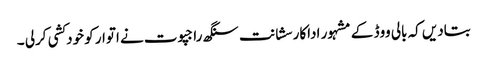
بتادیں کہ بالی ووڈ کے مشہور اداکار سشانت سنگھ راجپوت نے اتوار کو خودکشی کرلی ۔